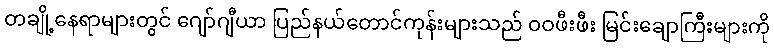
တချို့နေရာများတွင် ဂျော်ဂျီယာ ပြည်နယ်တောင်ကုန်းများသည် ဝဝဖီးဖီး မြင်းချောကြီးများကို